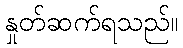
နှုတ်ဆက်ရသည်။